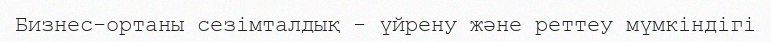
Бизнес-ортаны сезімталдық - үйрену және реттеу мүмкіндігі